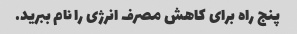
پنج راه برای کاهش مصرف انرژی را نام ببرید.